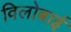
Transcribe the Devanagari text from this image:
विलोबाई